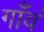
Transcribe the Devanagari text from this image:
गाँवं